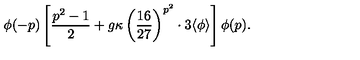
\phi ( - p ) \left[ \frac { p ^ { 2 } - 1 } { 2 } + g \kappa \left( \frac { 1 6 } { 2 7 } \right) ^ { p ^ { 2 } } \cdot 3 \langle \phi \rangle \right] \phi ( p ) .